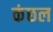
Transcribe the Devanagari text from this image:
कंछल